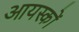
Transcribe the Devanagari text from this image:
आयस्कों